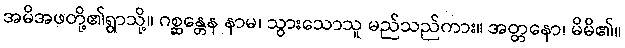
အမိအဖတို့၏ရွာသို့။ ဂစ္ဆန္တေန နာမ၊ သွားသောသူ မည်သည်ကား။ အတ္တနော၊ မိမိ၏။